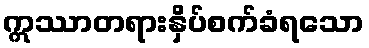
ဣဿာတရားနှိပ်စက်ခံရသော